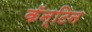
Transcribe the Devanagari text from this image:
कॅन्टिन